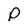
Character: p